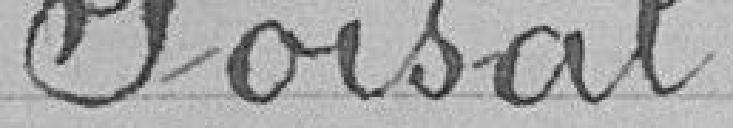
Poisat